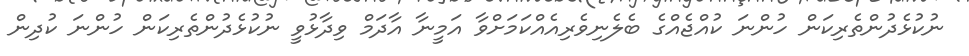
ނުކުޅެދުންތެރިކަން ހުންނަ ކުއްޖެއްގެ ބެލެނިވެރިއެއްކަމަށްވާ އަމީނާ އާދަމް ވިދާޅުވީ ނުކުޅެދުންތެރިކަން ހުންނަ ކުދިން